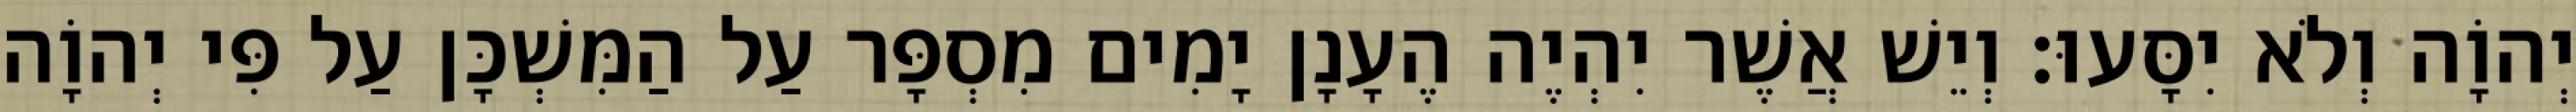
יְהוָֹה וְלֹא יִסָּעוּ׃ וְיֵשׁ אֲשֶׁר יִהְיֶה הֶעָנָן יָמִים מִסְפָּר עַל הַמִּשְׁכָּן עַל פִּי יְהוָֹה